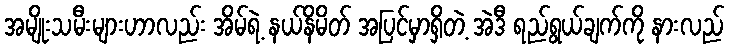
အမျိုးသမီးများဟာလည်း အိမ်ရဲ့ နယ်နိမိတ် အပြင်မှာရှိတဲ့ အဲဒီ ရည်ရွယ်ချက်ကို နားလည်